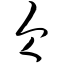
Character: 仑